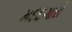
મદદગારો